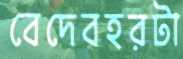
বেদেবহরটা